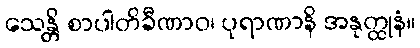
သေန္တိ စာပါတိခီဏာဝ၊ ပုရာဏာနိ အနုတ္ထုနံ။